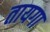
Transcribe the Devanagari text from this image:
तायगा